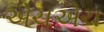
એચએચ